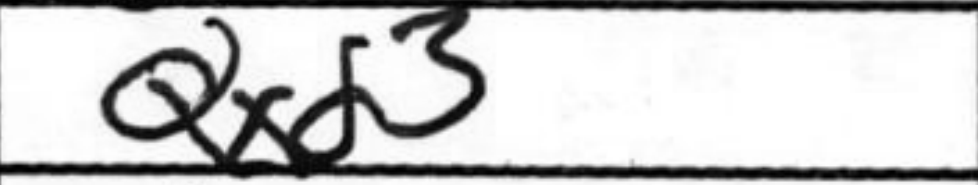
Transcription: Qxd3